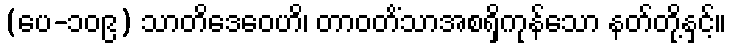
(ပေ-၁၀၉) သာတိဒေဝေဟိ၊ တာဝတိံသာအစရှိကုန်သော နတ်တို့နှင့်။